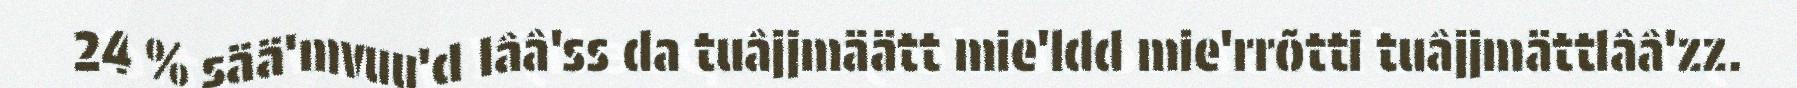
24 % sää'mvuu'd lââ'ss da tuâjjmäätt mie'ldd mie'rrõtti tuâjjmättlââ'zz.